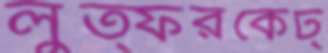
লুত্ফরকেট্